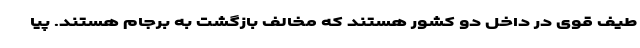
طیف قوی در داخل دو کشور هستند که مخالف بازگشت به برجام هستند. پیا